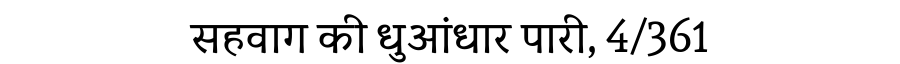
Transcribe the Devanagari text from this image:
सहवाग की धुआंधार पारी, 4/361